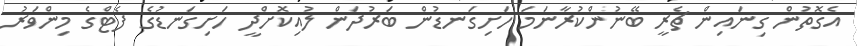
އެގޮތުން ގިނައިން ޗެރީ ބޭނުންކުރާނަމަ ހަށިގަނޑުން ބަރުދަން ލުއިކޮށްދީ ހަށިގަނޑުގެ ފެޓްގެ މިންވަރު